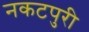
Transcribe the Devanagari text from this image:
नकटपुरी